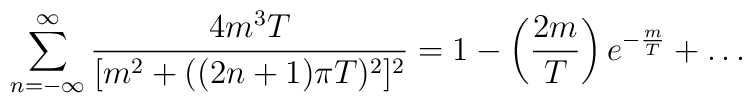
\sum_{n=-\infty}^\infty \frac{4 m^3 T}{[m^2 +((2n+1)\pi T)^2]^2}=1-\left(\frac{2 m}{T}\right)e^{-\frac{m}{T}}+\dots